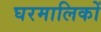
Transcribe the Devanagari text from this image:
घरमालिकों